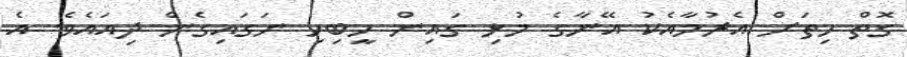
ގޮތް ހިތަށް އެރުމާއެކު އޭނާގެ މުޅި ގައިން ހީބިހި ނަގައިގެން ދިއައެވެ. އެ